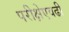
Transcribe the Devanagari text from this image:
परीक्षेएवढी